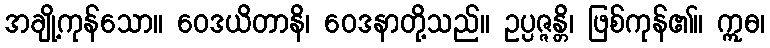
အချို့ကုန်သော။ ဝေဒယိတာနိ၊ ဝေဒနာတို့သည်။ ဥပ္ပဇ္ဇန္တိ၊ ဖြစ်ကုန်၏။ ဣဓ၊